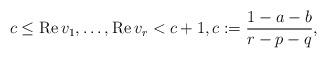
LaTeX: \begin{align*} c \le \mathrm{Re} \, v_1, \dots, \mathrm{Re}\, v_r < c + 1, c := \frac{1-a-b}{r-p-q}, \end{align*}